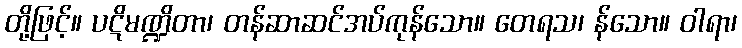
တို့ဖြင့်။ ပဋိမဏ္ဍိတာ၊ တန်ဆာဆင်အပ်ကုန်သော။ တေရသ၊ န်သော။ ဝါရာ၊